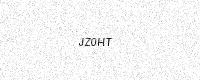
Text: JZ0HT